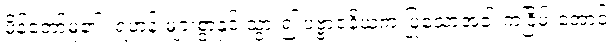
မိန့်တော်မူ၏။ ရဟန်းများစွာနှင့် သွား၍ ပဗ္ဗာဇနိယကံ ပြုသောအခါ ကံငြိမ်းအောင်